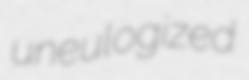
uneulogized